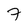
Character: 7